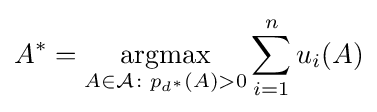
A^{*}={\underset {A\in {\mathcal {A}}\colon p_{d^{*}}(A)>0}{\operatorname {argmax} }}\sum _{i=1}^{n}u_{i}(A)